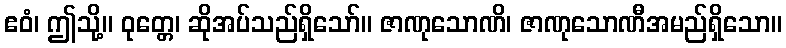
ဧဝံ၊ ဤသို့။ ဝုတ္တေ၊ ဆိုအပ်သည်ရှိသော်။ ဇာဏုသောဏိ၊ ဇာဏုသောဏီအမည်ရှိသော။